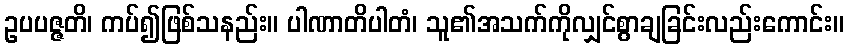
ဥပပဇ္ဇတိ၊ ကပ်၍ဖြစ်သနည်း။ ပါဏာတိပါတံ၊ သူ၏အသက်ကိုလျှင်စွာချခြင်းလည်းကောင်း။